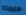
هزيمته